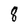
Character: 8